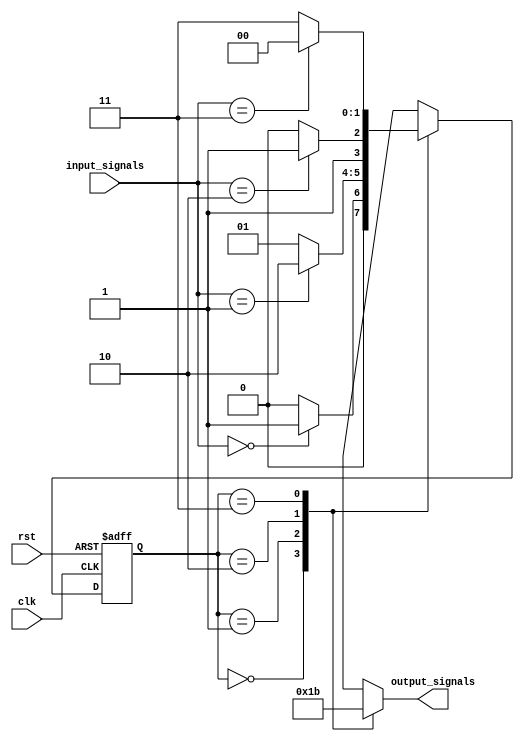
module fsm (
    input wire clk,
    input wire rst,
    input wire [1:0] input_signals,
    output reg [1:0] output_signals
);

// State encoding using binary encoding
parameter S0 = 2'b00;
parameter S1 = 2'b01;
parameter S2 = 2'b10;
parameter S3 = 2'b11;

// State register
reg [1:0] state_reg;
reg [1:0] next_state;

always @(posedge clk or posedge rst) begin
    if (rst) begin
        state_reg <= S0;
    end else begin
        state_reg <= next_state;
    end
end

// Combinational logic for state transitions
always @(*) begin
    case (state_reg)
        S0: begin
            if (input_signals == 2'b00)
                next_state = S1;
            else
                next_state = S0;
        end
        S1: begin
            if (input_signals == 2'b01)
                next_state = S2;
            else
                next_state = S1;
        end
        S2: begin
            if (input_signals == 2'b10)
                next_state = S3;
            else
                next_state = S2;
        end
        S3: begin
            if (input_signals == 2'b11)
                next_state = S0;
            else
                next_state = S3;
        end
    endcase
end

// Output generation logic
always @(*) begin
    case (state_reg)
        S0: output_signals = 2'b00;
        S1: output_signals = 2'b01;
        S2: output_signals = 2'b10;
        S3: output_signals = 2'b11;
    endcase
end

endmodule